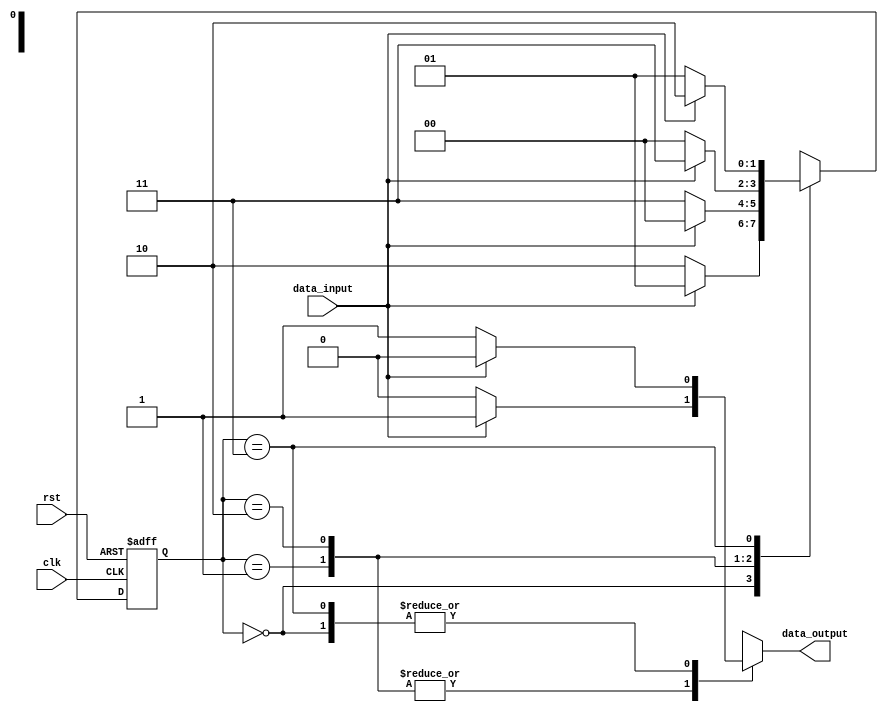
module mealy_state_machine (
    input wire clk,
    input wire rst,
    input wire data_input,
    output reg data_output
);

// State definitions
parameter S0 = 2'b00;
parameter S1 = 2'b01;
parameter S2 = 2'b10;
parameter S3 = 2'b11;

// State register
reg [1:0] state_reg, next_state;

// Output logic
always @(state_reg or data_input) begin
    case (state_reg)
        S0: begin
            if (data_input) begin
                next_state = S1;
                data_output = 0;
            end
            else begin
                next_state = S2;
                data_output = 1;
            end
        end
        S1: begin
            if (data_input) begin
                next_state = S0;
                data_output = 1;
            end
            else begin
                next_state = S3;
                data_output = 0;
            end
        end
        S2: begin
            if (data_input) begin
                next_state = S3;
                data_output = 1;
            end
            else begin
                next_state = S0;
                data_output = 0;
            end
        end
        S3: begin
            if (data_input) begin
                next_state = S2;
                data_output = 0;
            end
            else begin
                next_state = S1;
                data_output = 1;
            end
        end
    endcase
end

// State transition
always @(posedge clk or posedge rst) begin
    if (rst) begin
        state_reg <= S0;
    end
    else begin
        state_reg <= next_state;
    end
end

endmodule